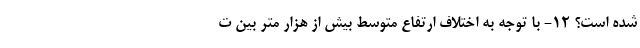
شده است؟ ۱۲- با توجه به اختلاف ارتفاع متوسط بیش از هزار متر بین ت